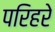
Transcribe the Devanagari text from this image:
परिहरे